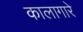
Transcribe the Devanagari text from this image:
कालागारे